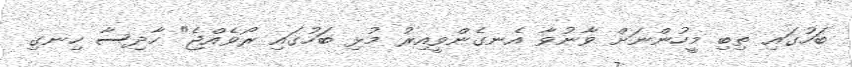
ބަހުގައި ތިބި މީހުންނަށް ވާނުވާ އެނގެންވީއިރު މުޅި ބަހުގައި ރޯވެއްޖެ" ހާދިސާ ހިނގި